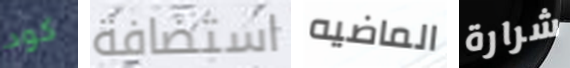
كود استضافة الماضيه شرارة